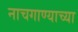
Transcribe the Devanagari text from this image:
नाचगाण्याच्या